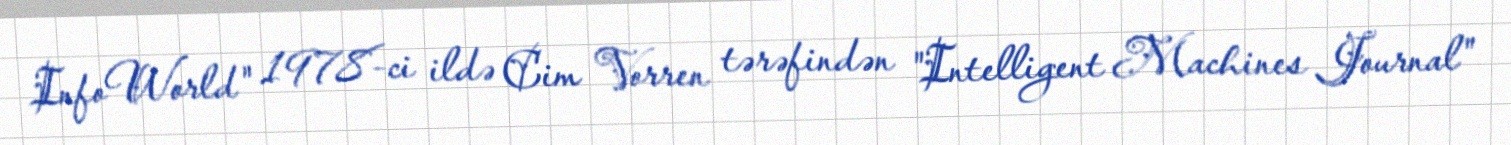
InfoWorld" 1978-ci ildə Cim Vorren tərəfindən "Intelligent Machines Journal"